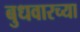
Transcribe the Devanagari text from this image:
बुधवारच्या